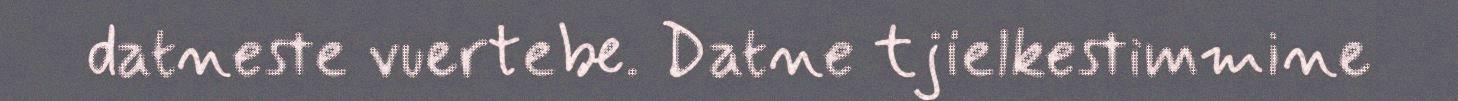
datneste vuertebe. Datne tjielkestimmine